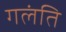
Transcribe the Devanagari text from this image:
गलंति